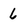
Character: 6